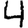
Digit: 4